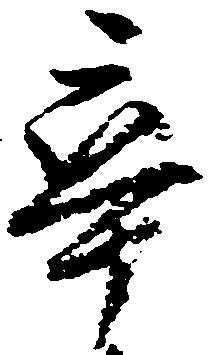
卒